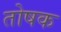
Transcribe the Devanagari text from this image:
तोषक